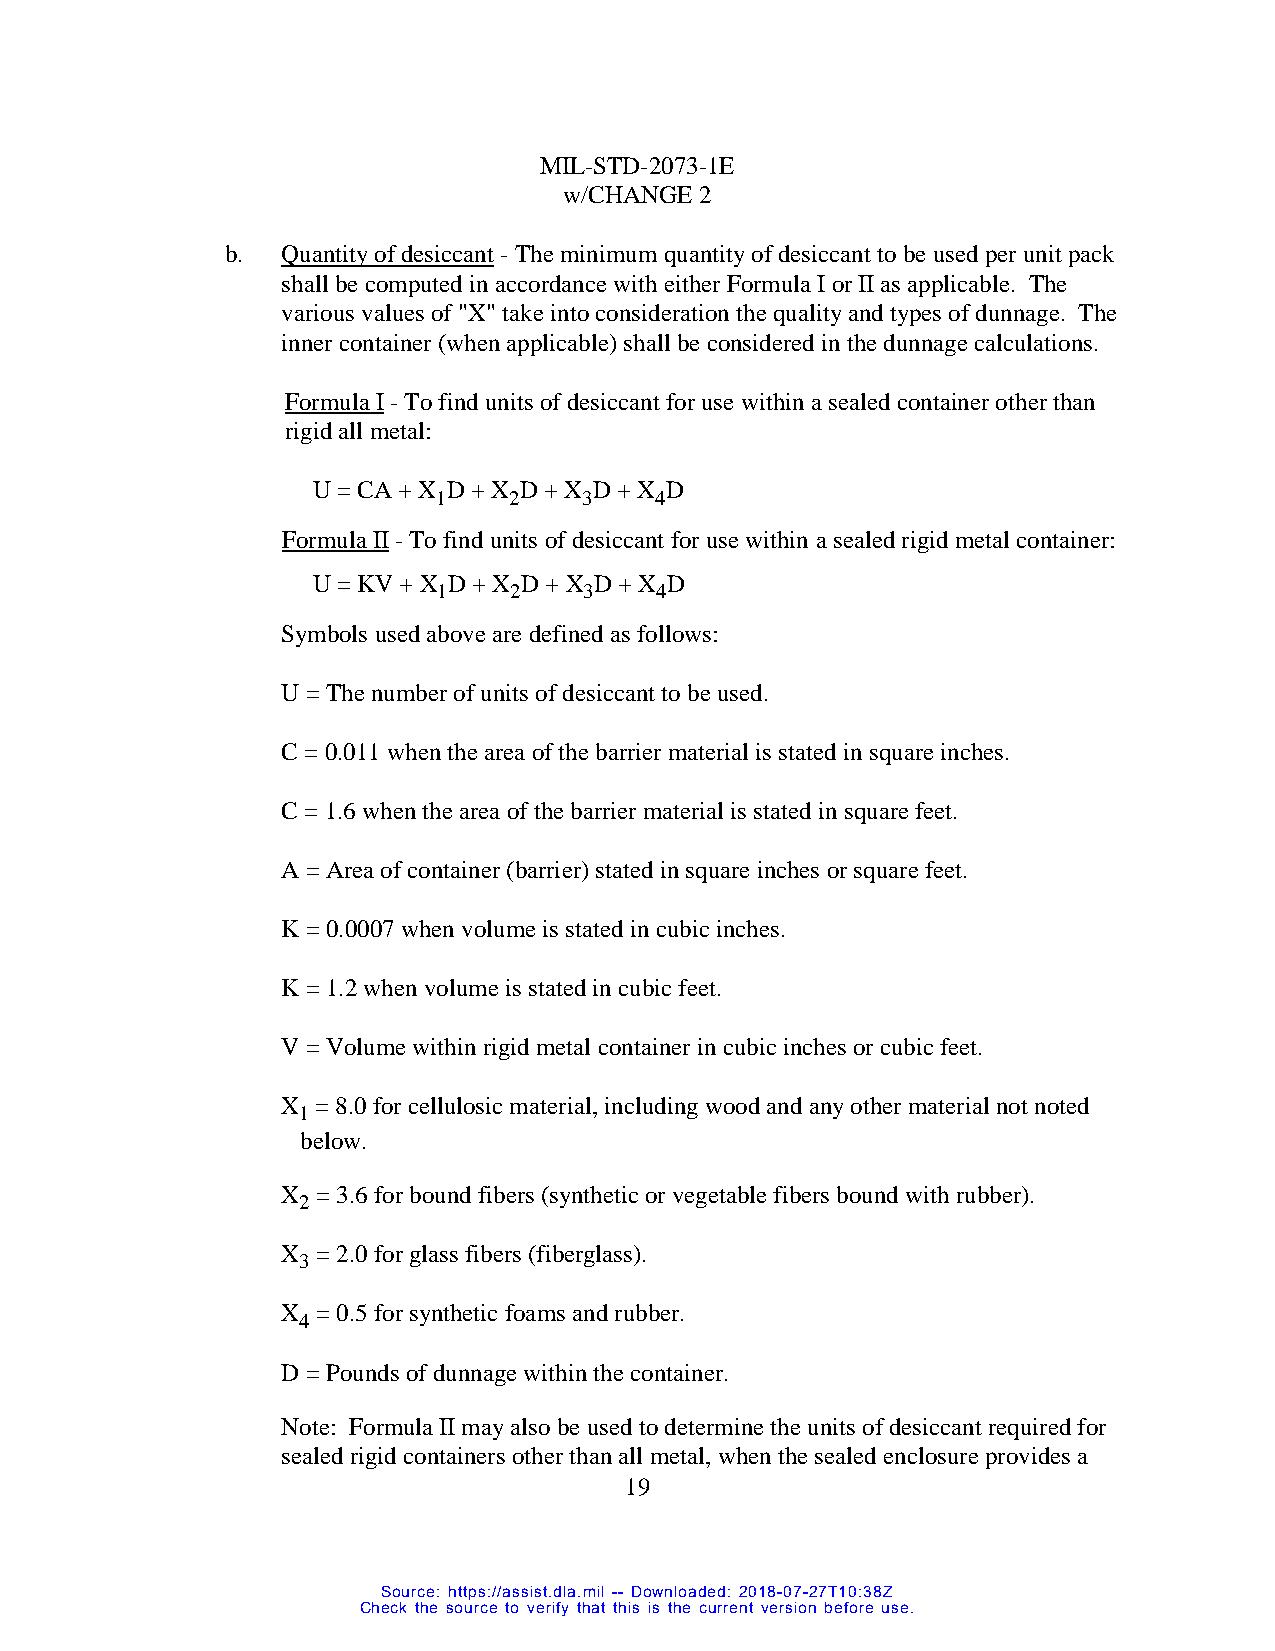
MIL-STD-2073-1E
 w/CHANGE 2
 b.  Quantity of desiccant - The minimum quantity of desiccant to be used per unit pack
 shall be computed in accordance with either Formula I or II as applicable. The
 various values of "X" take into consideration the quality and types of dunnage. The
 inner container (when applicable) shall be considered in the dunnage calculations.
 Formula I - To find units of desiccant for use within a sealed container other than
 rigid all metal:
 U = CA + X D + X D + X D + X D
 1    2    3   4
 Formula II - To find units of desiccant for use within a sealed rigid metal container:
 U = KV + X D + X D + X D + X D
 1    2    3   4
 Symbols used above are defined as follows:
 U = The number of units of desiccant to be used.
 C = 0.011 when the area of the barrier material is stated in square inches.
 C = 1.6 when the area of the barrier material is stated in square feet.
 A = Area of container (barrier) stated in square inches or square feet.
 K = 0.0007 when volume is stated in cubic inches.
 K = 1.2 when volume is stated in cubic feet.
 V = Volume within rigid metal container in cubic inches or cubic feet.
 X
 1
 = 8.0 for cellulosic material, including wood and any other material not noted
 below.
 X = 3.6 for bound fibers (synthetic or vegetable fibers bound with rubber).
 2
 X = 2.0 for glass fibers (fiberglass).
 3
 X = 0.5 for synthetic foams and rubber.
 4
 D = Pounds of dunnage within the container.
 Note: Formula II may also be used to determine the units of desiccant required for
 sealed rigid containers other than all metal, when the sealed enclosure provides a
 19
 Source: https://assist.dla.mil -- Downloaded: 2018-07-27T10:38Z
 Check the source to verify that this is the current version before use.